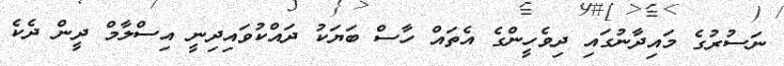
ނަސުރުގެ މައިދާނުގައި ދިވެހީންގެ އެތައް ހާސް ބަޔަކު ދައްކުވައިދިނީ އިސްލާމް ދީން ދެކެ